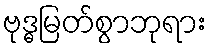
ဗုဒ္ဓမြတ်စွာဘုရား